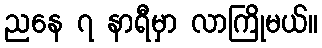
ညနေ ၇ နာရီမှာ လာကြိုမယ်။